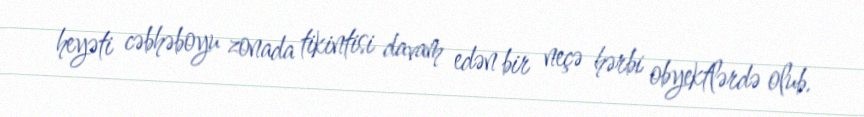
heyəti cəbhəboyu zonada tikintisi davam edən bir neçə hərbi obyektlərdə olub.